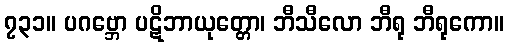
၇၃၁။ ပဂဗ္ဘော ပဋိဘာယုတ္တော၊ ဘီသီလော ဘီရု ဘီရုကော။